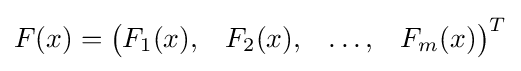
F(x)={\begin{pmatrix}F_{1}(x),&F_{2}(x),&\ldots ,&F_{m}(x)\end{pmatrix}}^{T}